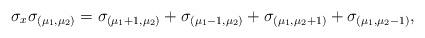
LaTeX: \begin{align*} \sigma_x \sigma_{(\mu_1,\mu_2)} = \sigma_{(\mu_1+1,\mu_2)} + \sigma_{(\mu_1-1,\mu_2)} + \sigma_{(\mu_1,\mu_2+1)} + \sigma_{(\mu_1,\mu_2-1)},\end{align*}